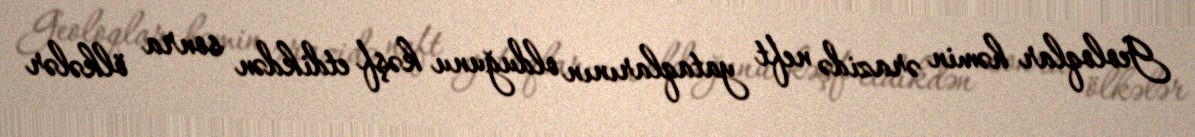
Geoloqlar həmin ərazidə neft yataqlarının olduğunu kəşf etdikdən sonra ölkələr